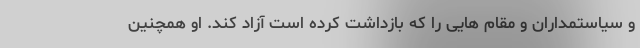
و سیاستمداران و مقام هایی را كه بازداشت كرده است آزاد كند. او همچنین